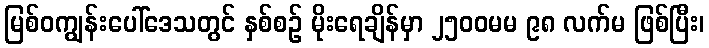
မြစ်ဝကျွန်းပေါ်ဒေသတွင် နှစ်စဉ် မိုးရေချိန်မှာ ၂၅၀၀မမ ၉၈ လက်မ ဖြစ်ပြီး၊